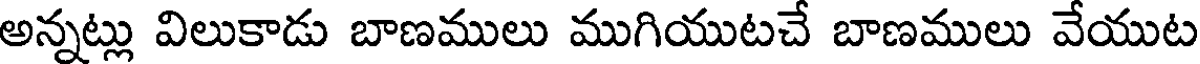
అన్నట్లు విలుకాడు బాణములు ముగియుటచే బాణములు వేయుట